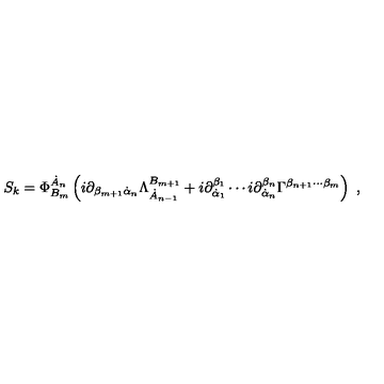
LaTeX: S _ { k } = \Phi _ { B _ { m } } ^ { \dot { A } _ { n } } \left( i \partial _ { \beta _ { m + 1 } \dot { \alpha } _ { n } } \Lambda _ { \dot { A } _ { n - 1 } } ^ { B _ { m + 1 } } + i \partial _ { \dot { \alpha } _ { 1 } } ^ { \beta _ { 1 } } \cdots i \partial _ { \dot { \alpha } _ { n } } ^ { \beta _ { n } } \Gamma ^ { \beta _ { n + 1 } \cdots \beta _ { m } } \right) \ ,